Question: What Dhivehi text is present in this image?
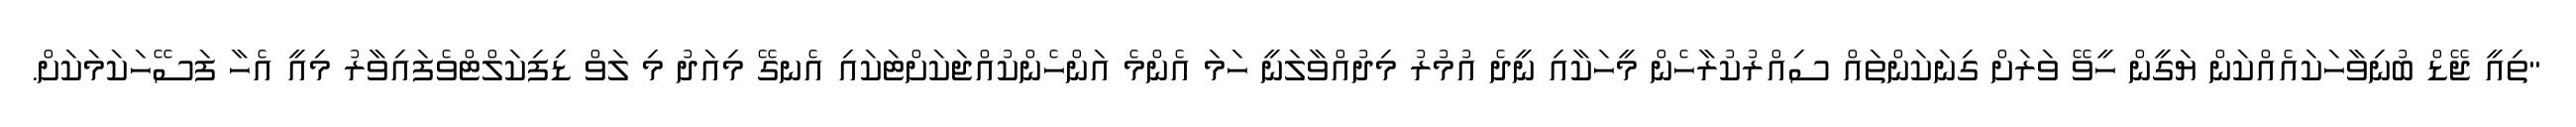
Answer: "ތިއީ ޖޭޑް ބުނިވާހަކައެއްކަން ޔަގީން ހީވޭ ވަރަށް ގިނަކަންތައް ސިއްރުކުރާހެން މީހަކާއި ނީދެ އުމުރު މިދުއްވާލަނީ ހަމަ އެންމެ އަންހެންކުއްޖަކަށްޓަކައި އެނގޭ މިއަދު މި ލަވް ޑިފިކަލްޓްވެފައިވާރު މިއީ އެހާ ފަސޭހަކަމަކަށް.